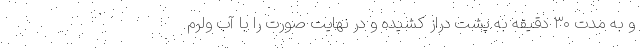
و به مدت ۳۰ دقیقه به پشت دراز کشیده و در نهایت صورت را با آب ولرم